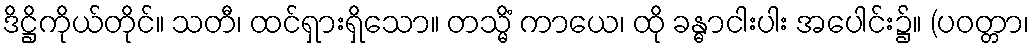
ဒိဋ္ဌိကိုယ်တိုင်။ သတီ၊ ထင်ရှားရှိသော။ တသ္မိံ ကာယေ၊ ထို ခန္ဓာငါးပါး အပေါင်း၌။ (ပဝတ္တာ၊